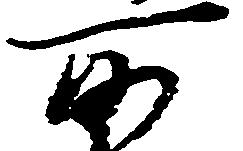
所